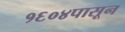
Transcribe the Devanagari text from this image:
१६०४पासून